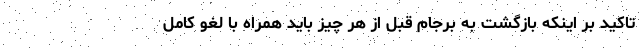
تاکید بر اینکه بازگشت به برجام قبل از هر چیز باید همراه با لغو کامل